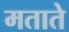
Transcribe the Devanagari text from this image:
मताते